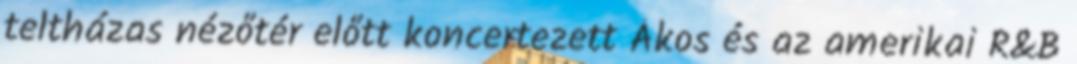
teltházas nézőtér előtt koncertezett Ákos és az amerikai R&B